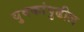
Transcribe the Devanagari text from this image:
युवकांपुढील